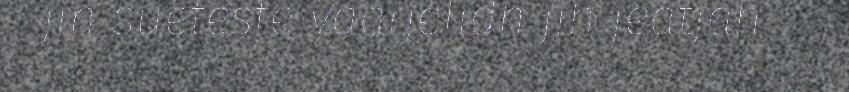
jïh sueteste vaarjelidh jïh jeatjah